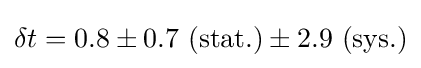
\delta t=0.8\pm 0.7\ (\mathrm {stat.} )\pm 2.9\ (\mathrm {sys.} )